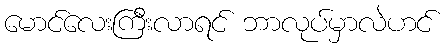
မောင်လေးကြီးလာရင် ဘာလုပ်မှာလဲဟင်